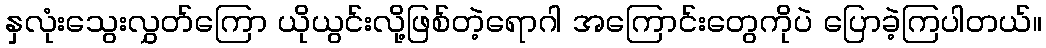
နှလုံးသွေးလွှတ်ကြော ယိုယွင်းလို့ဖြစ်တဲ့ရောဂါ အကြောင်းတွေကိုပဲ ပြောခဲ့ကြပါတယ်။